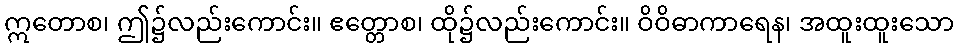
ဣတောစ၊ ဤ၌လည်းကောင်း။ ဧတ္တောစ၊ ထို၌လည်းကောင်း။ ဝိဝိဓာကာရေန၊ အထူးထူးသော